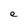
Character: e